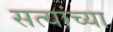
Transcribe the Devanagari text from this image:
सत्यांच्या